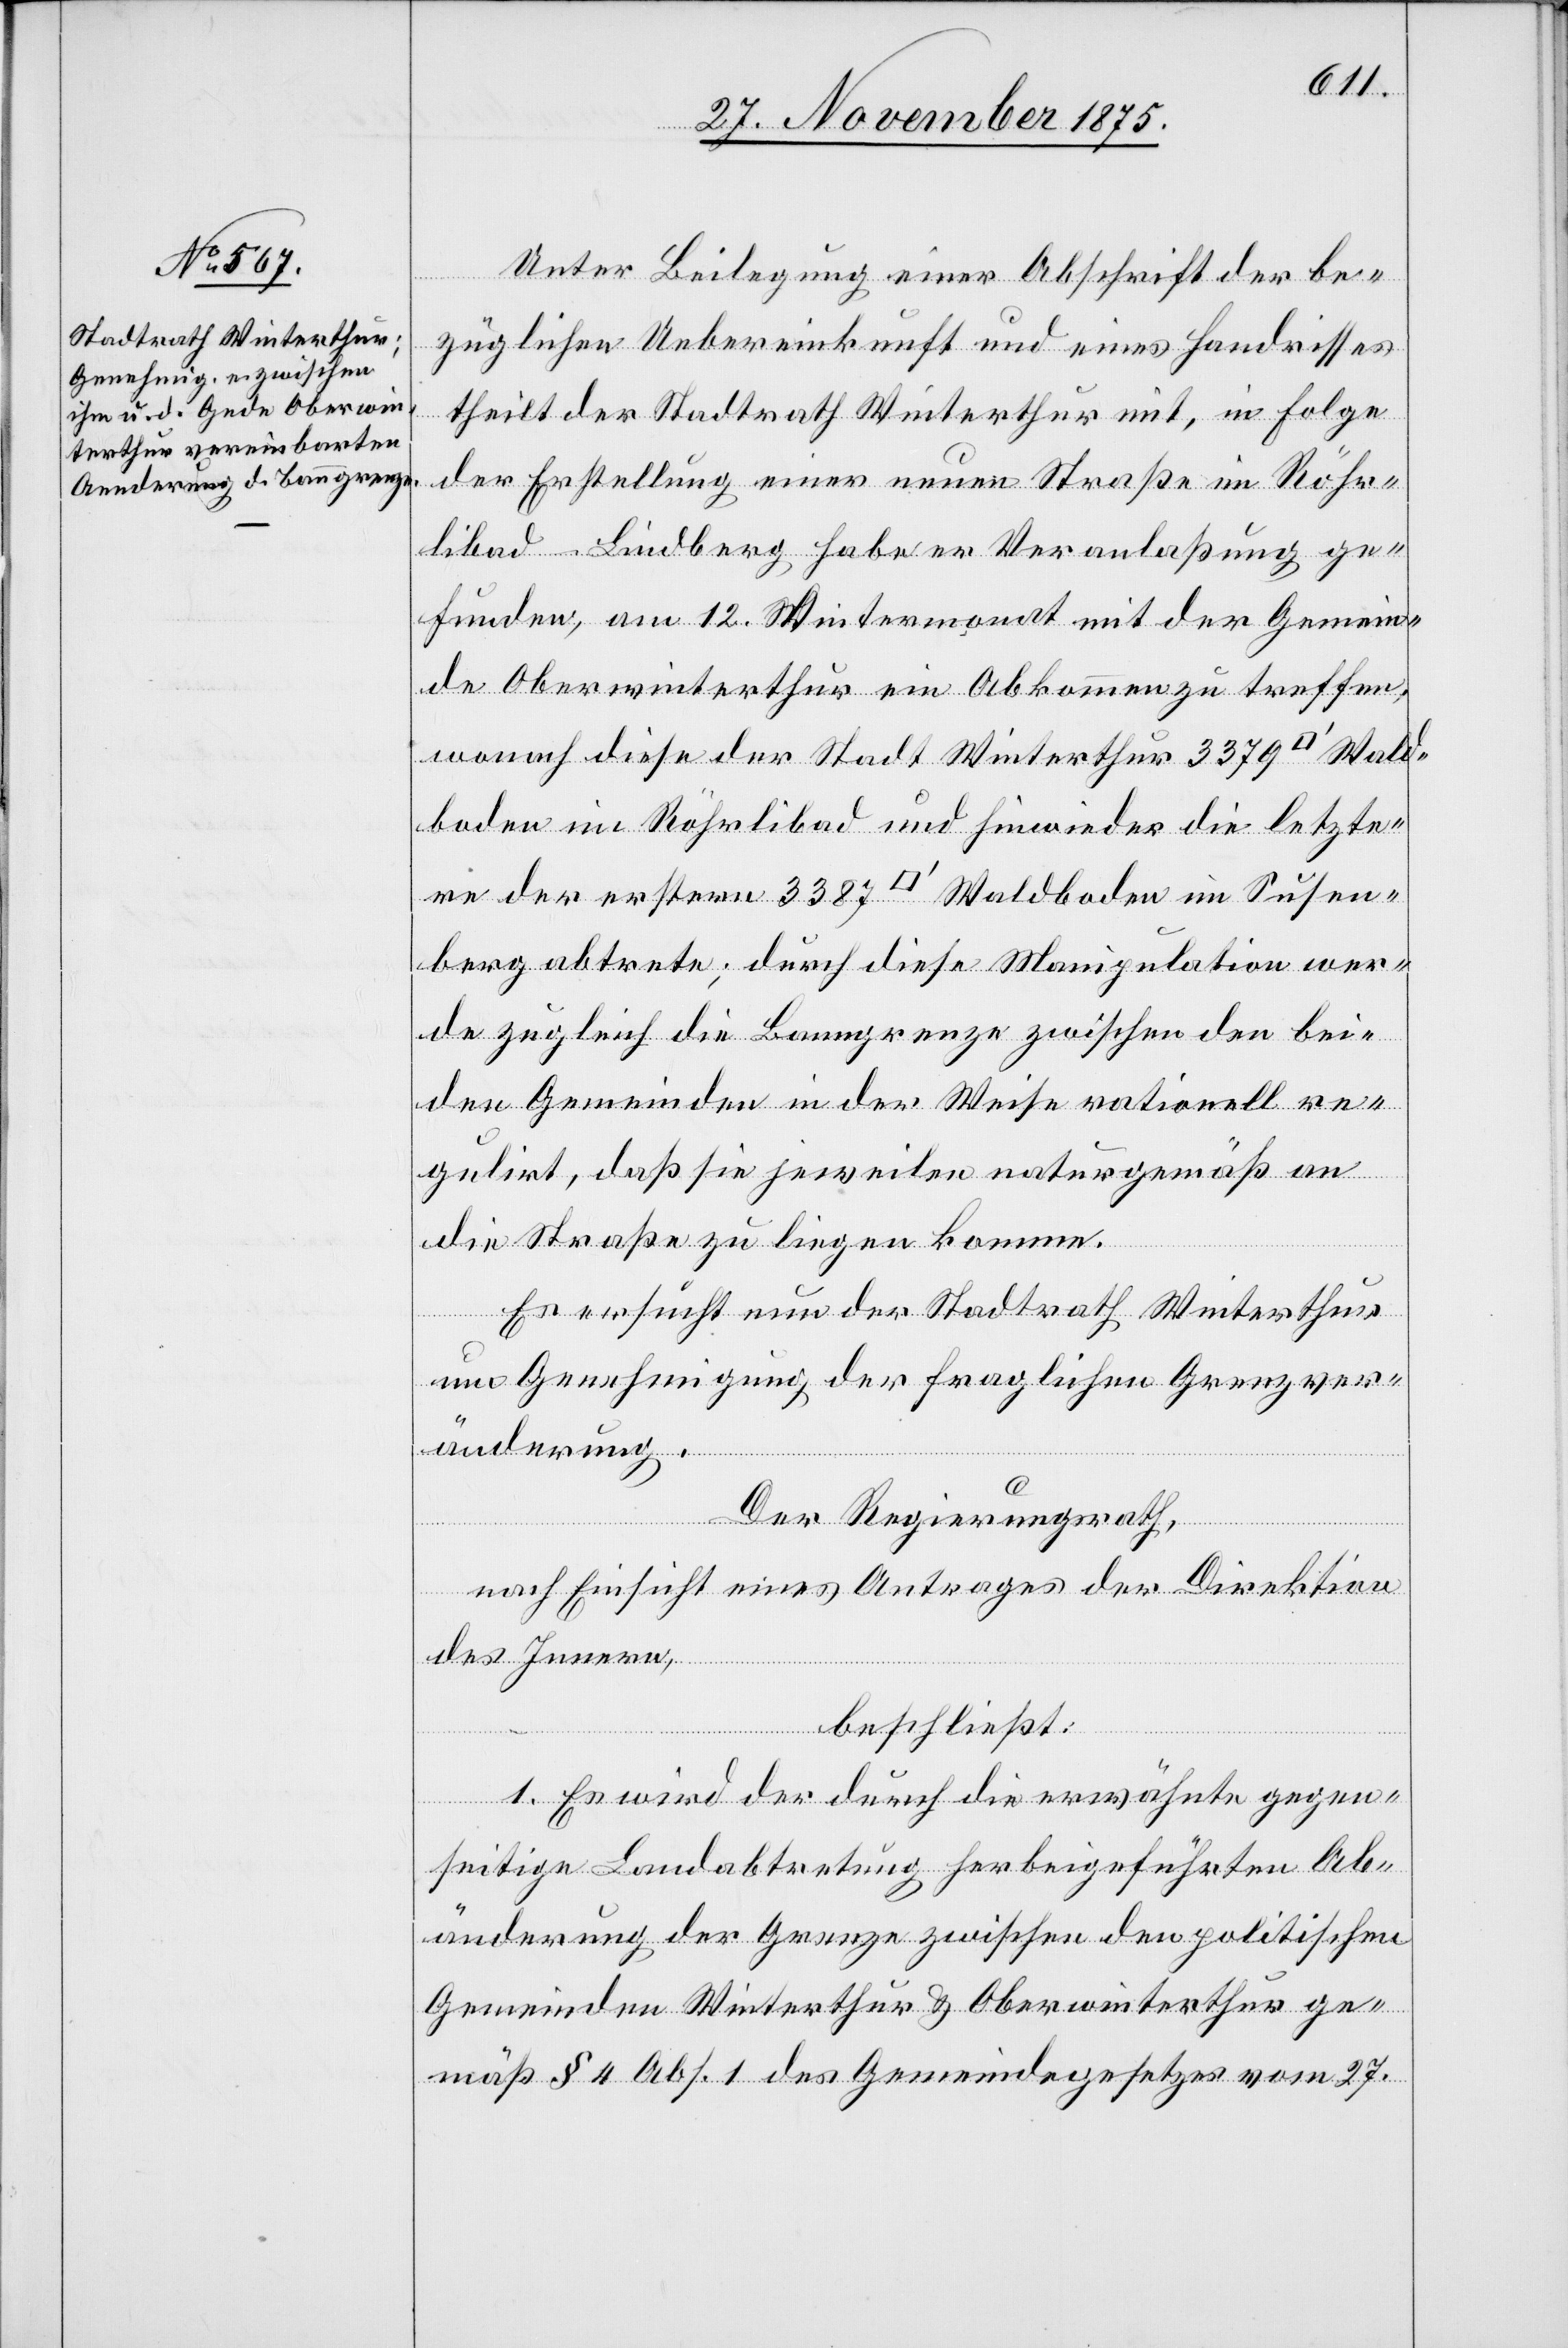
Unter Beilegung einer Abschrift der be¬
züglichen Uebereinkunft und eines Handrisses
theilt der Stadtrath Winterthur mit, in Folge
der Erstellung einer neuen Straße im Röhr¬
libad - Lindberg habe er Veranlaßung ge¬
funden, am 12. Wintermonat mit der Gemein¬
de Oberwinterthur ein Abkommen zu treffen,
wonach diese der Stadt Winterthur 3379 [Quad¬
boden im Röhrlibad und hinwieder die letzte¬
re der erstern 3387 [Quadratfuß] Waldboden im Susen¬
berg abtrete; durch diese Manipulation wer¬
de zugleich die Banngrenze zwischen den bei¬
den Gemeinden in der Weise rationell re¬
gulirt, daß sie jeweilen naturgemäß an
Wald¬
die Straße zu liegen komme.
Es ersucht nun der Stadtrath Winterthur
um Genehmigung der fraglichen Grenzver¬
änderung.
Der Regierungsrath,
nach Einsicht eines Antrages der Direktion
des Innern,
beschließt:
1. Es wird der durch die erwähnte gegen¬
seitige Landabtretung herbeigeführten Ab¬
änderung der Grenze zwischen den politischen
Gemeinden Winterthur & Oberwinterthur ge¬
mäß § 4 Abs. 1 des Gemeindegesetzes vom 27.